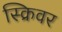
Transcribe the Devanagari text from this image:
स्क्रिवर